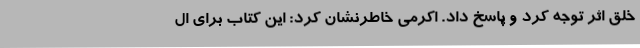
خلق اثر توجه کرد و پاسخ داد. اکرمی خاطرنشان کرد: این کتاب برای ال